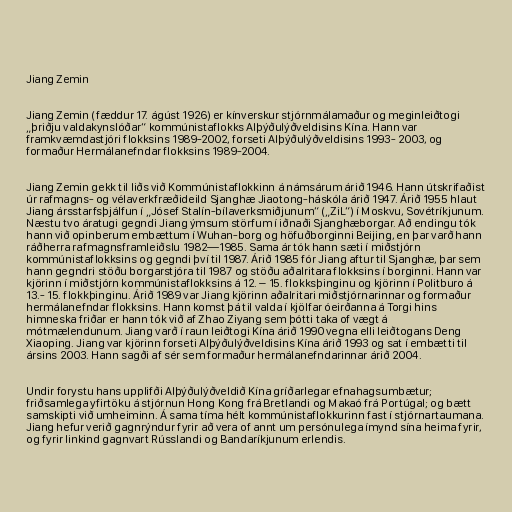
Jiang Zemin

Jiang Zemin (fæddur 17. ágúst 1926) er kínverskur stjórnmálamaður og meginleiðtogi
„þriðju valdakynslóðar“ kommúnistaflokks Alþýðulýðveldisins Kína. Hann var
framkvæmdastjóri flokksins 1989-2002, forseti Alþýðulýðveldisins 1993- 2003, og
formaður Hermálanefndar flokksins 1989-2004.

Jiang Zemin gekk til liðs við Kommúnistaflokkinn á námsárum árið 1946. Hann útskrifaðist
úr rafmagns- og vélaverkfræðideild Sjanghæ Jiaotong-háskóla árið 1947. Árið 1955 hlaut
Jiang ársstarfsþjálfun í „Jósef Stalín-bílaverksmiðjunum“ („ZiL“) í Moskvu, Sovétríkjunum.
Næstu tvo áratugi gegndi Jiang ýmsum störfum í iðnaði Sjanghæborgar. Að endingu tók
hann við opinberum embættum í Wuhan-borg og höfuðborginni Beijing, en þar varð hann
ráðherra rafmagnsframleiðslu 1982—1985. Sama ár tók hann sæti í miðstjórn
kommúnistaflokksins og gegndi því til 1987. Árið 1985 fór Jiang aftur til Sjanghæ, þar sem
hann gegndri stöðu borgarstjóra til 1987 og stöðu aðalritara flokksins í borginni. Hann var
kjörinn í miðstjórn kommúnistaflokksins á 12. – 15. flokksþinginu og kjörinn í Politburo á
13.- 15. flokkþinginu. Árið 1989 var Jiang kjörinn aðalritari miðstjórnarinnar og formaður
hermálanefndar flokksins. Hann komst þá til valda í kjölfar óeirðanna á Torgi hins
himneska friðar er hann tók við af Zhao Ziyang sem þótti taka of vægt á
mótmælendunum. Jiang varð í raun leiðtogi Kína árið 1990 vegna elli leiðtogans Deng
Xiaoping. Jiang var kjörinn forseti Alþýðulýðveldisins Kína árið 1993 og sat í embætti til
ársins 2003. Hann sagði af sér sem formaður hermálanefndarinnar árið 2004.

Undir forystu hans upplifði Alþýðulýðveldið Kína gríðarlegar efnahagsumbætur;
friðsamlega yfirtöku á stjórnun Hong Kong frá Bretlandi og Makaó frá Portúgal; og bætt
samskipti við umheiminn. Á sama tíma hélt kommúnistaflokkurinn fast í stjórnartaumana.
Jiang hefur verið gagnrýndur fyrir að vera of annt um persónulega ímynd sína heima fyrir,
og fyrir linkind gagnvart Rússlandi og Bandaríkjunum erlendis.